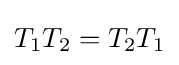
T_{1}T_{2}=T_{2}T_{1}